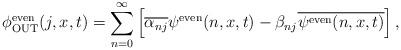
LaTeX: \begin{align*}\phi^{\rm even}_{\rm OUT}(j,x,t) = \sum_{n=0}^\infty \left[ \overline{\alpha_{nj}}\psi^{\rm even}(n,x,t) - \beta_{nj}\overline{\psi^{\rm even}(n,x,t)}\right],\end{align*}